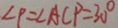
\angle P = \angle A C P = 3 0 ^ { \circ }